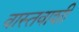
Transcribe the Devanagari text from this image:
वास्तवाशी